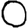
Digit: 0